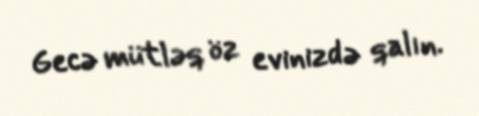
Gecə mütləq öz evinizdə qalın.